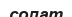
солат